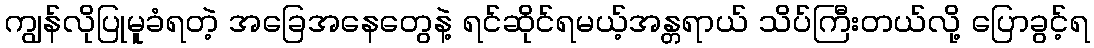
ကျွန်လိုပြုမူခံရတဲ့ အခြေအနေတွေနဲ့ ရင်ဆိုင်ရမယ့်အန္တရာယ် သိပ်ကြီးတယ်လို့ ပြောခွင့်ရ